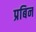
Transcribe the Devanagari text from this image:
प्रबिन